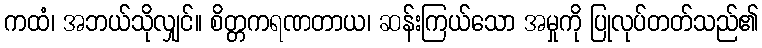
ကထံ၊ အဘယ်သိုလျှင်။ စိတ္တကရဏတာယ၊ ဆန်းကြယ်သော အမှုကို ပြုလုပ်တတ်သည်၏